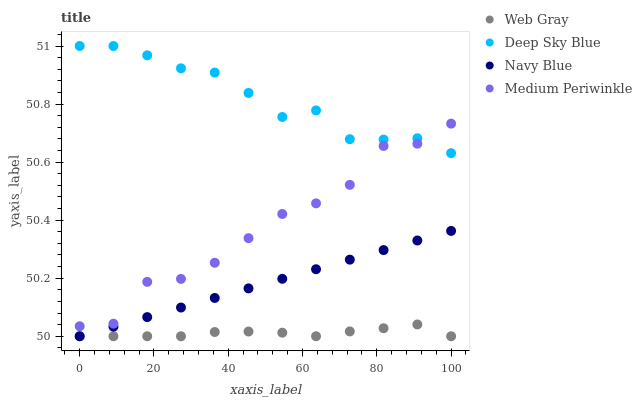
| xaxis_label | Web Gray | Deep Sky Blue | Navy Blue | Medium Periwinkle |
 | --- | --- | --- | --- | --- |
 | 0 | 50 | 51 | 50 | 50 |
 | 9.09 | 50 | 51 | 50 | 50 |
 | 18.2 | 50 | 51 | 50.1 | 50.2 |
 | 27.3 | 50 | 50.9 | 50.1 | 50.2 |
 | 36.4 | 50 | 50.9 | 50.1 | 50.3 |
 | 45.5 | 50 | 50.8 | 50.2 | 50.3 |
 | 54.5 | 50 | 50.8 | 50.2 | 50.4 |
 | 63.6 | 50 | 50.8 | 50.2 | 50.5 |
 | 72.7 | 50 | 50.7 | 50.3 | 50.5 |
 | 81.8 | 50 | 50.7 | 50.3 | 50.7 |
 | 90.9 | 50 | 50.7 | 50.3 | 50.7 |
 | 100 | 50 | 50.6 | 50.4 | 50.7 |